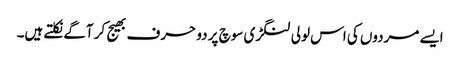
ایسے مردوں کی اس لولی لنگڑی سوچ پر دو حرف بھیج کر آگے نکلتے ہیں۔